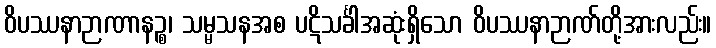
ဝိပဿနာဉာဏာနဉ္စ၊ သမ္မသနအစ ပဋိသင်္ခါအဆုံးရှိသော ဝိပဿနာဉာဏ်တို့အားလည်း။